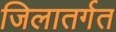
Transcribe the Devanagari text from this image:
जिलातर्गत